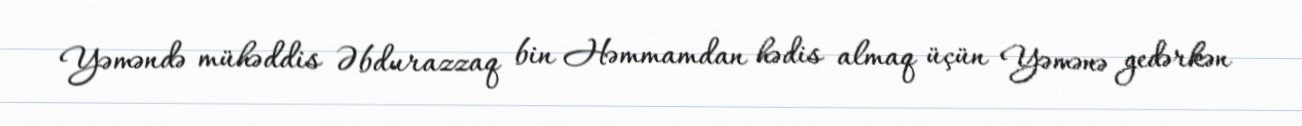
Yəməndə mühəddis Əbdurazzaq bin Həmmamdan hədis almaq üçün Yəmənə gedərkən